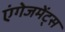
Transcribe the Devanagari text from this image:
एंगेजमेंट्स